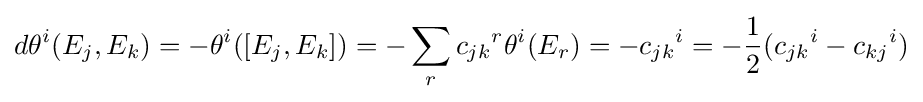
d\theta ^{i}(E_{j},E_{k})=-\theta ^{i}([E_{j},E_{k}])=-\sum _{r}{c_{jk}}^{r}\theta ^{i}(E_{r})=-{c_{jk}}^{i}=-{\frac {1}{2}}({c_{jk}}^{i}-{c_{kj}}^{i})